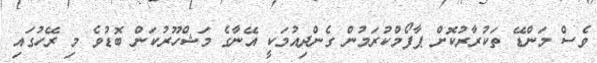
ވެސް މަންޑޭ ތަކުރާރުކޮށް ޕާފޯމްކުރަމުން ގެންދިއުމަކީ އޭނާގެ މަޝްހޫރުކަން ބޮޑުވެ މި ރޭހުގައި